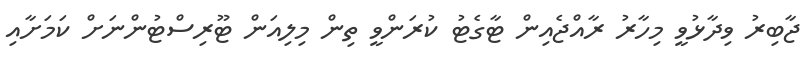
ޖާބިރު ވިދާޅުވީ މިހާރު ރާއްޖެއިން ޓާގެޓު ކުރަންވީ ތިން މިލިއަން ޓޫރިސްޓުންނަށް ކަމަށާއި